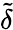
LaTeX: \widetilde{\delta}